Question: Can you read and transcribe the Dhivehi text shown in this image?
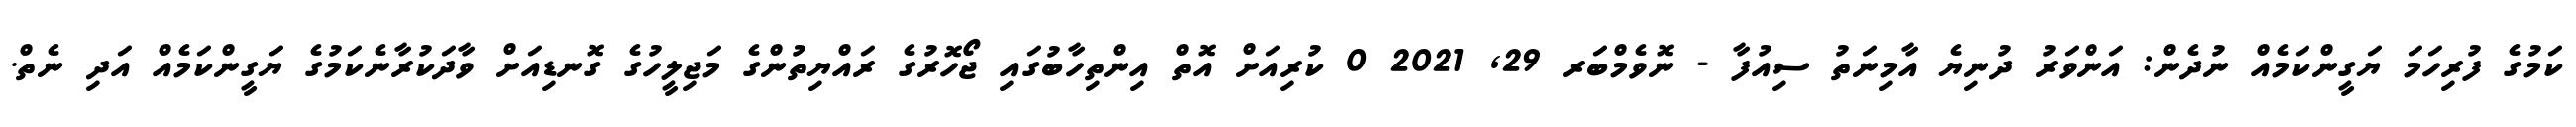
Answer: ކަމުގެ ފުރިހަމަ ޔަގީންކަމެއް ނުދެން: އަންވަރު ދުނިޔެ އާމިނަތު ސިއުފާ - ނޮވެމްބަރ 29, 2021 0 ކުރިއަށް އޮތް އިންތިހާބުގައި ޖޯހޮރުގެ ރައްޔިތުންގެ މަޖިލީހުގެ ގޮނޑިއަށް ވާދަކުރާނެކަމުގެ ޔަގީންކަމެއް އަދި ނެތް.